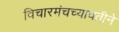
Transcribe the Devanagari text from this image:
विचारमंचच्यावतीने